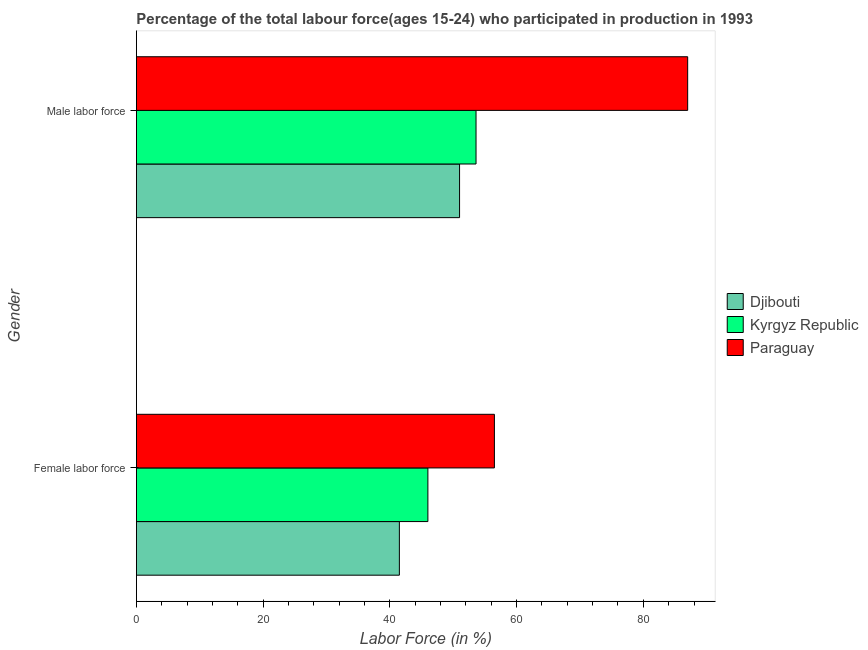
| Gender | Djibouti | Kyrgyz Republic | Paraguay |
 | --- | --- | --- | --- |
 | Female labor force | 41.5 | 46 | 56.5 |
 | Male labor force | 51 | 53.6 | 87 |